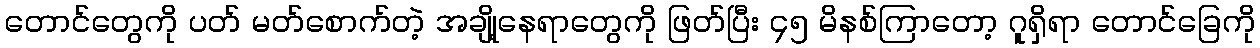
တောင်တွေကို ပတ် မတ်စောက်တဲ့ အချို့နေရာတွေကို ဖြတ်ပြီး ၄၅ မိနစ်ကြာတော့ ဂူရှိရာ တောင်ခြေကို